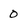
Character: 0